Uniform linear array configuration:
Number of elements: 24
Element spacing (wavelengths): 0.5
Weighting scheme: hann
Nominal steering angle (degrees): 15
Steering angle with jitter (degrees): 13.962
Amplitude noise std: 0.05
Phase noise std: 0.05

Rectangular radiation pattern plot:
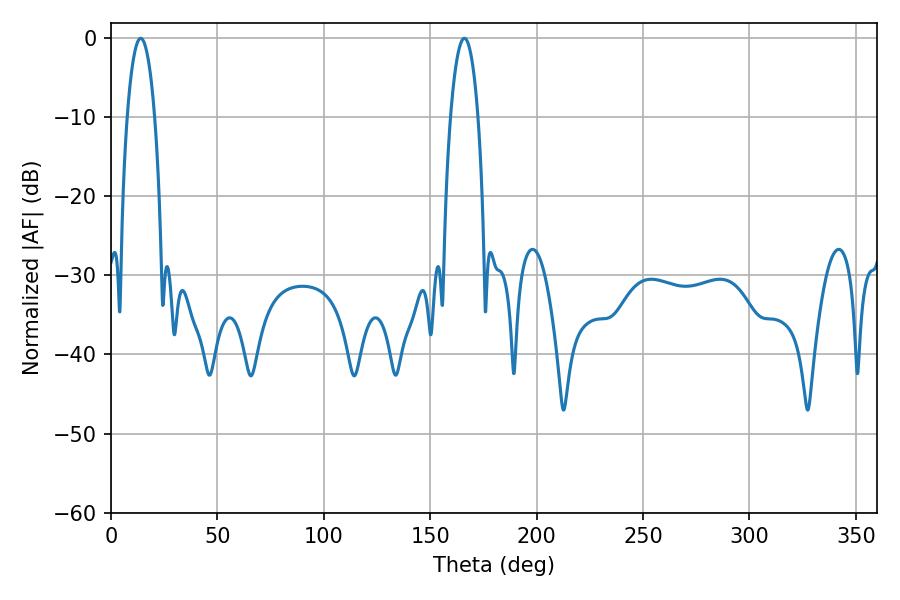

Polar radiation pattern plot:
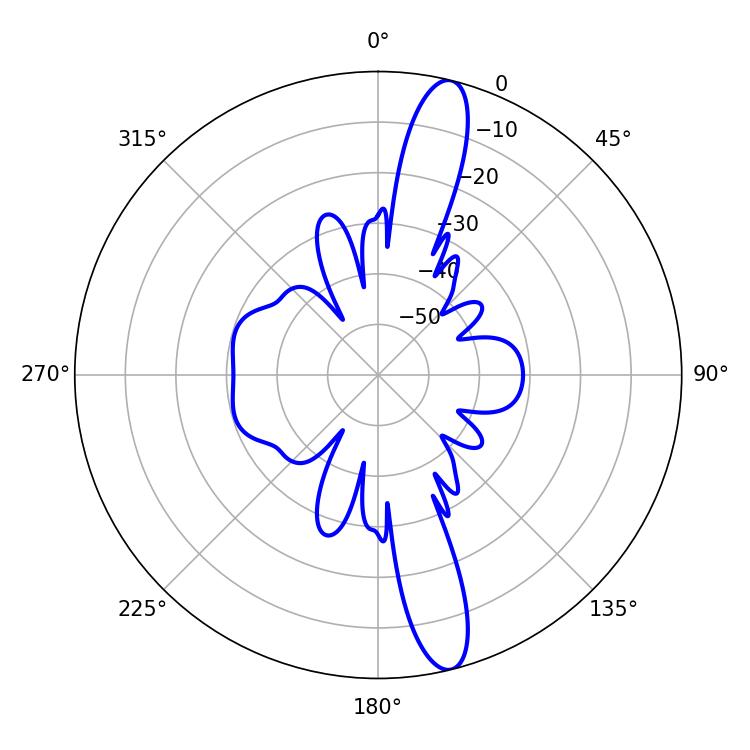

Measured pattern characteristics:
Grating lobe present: FALSE
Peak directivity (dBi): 14.918
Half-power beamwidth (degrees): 7.2
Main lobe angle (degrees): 14.04